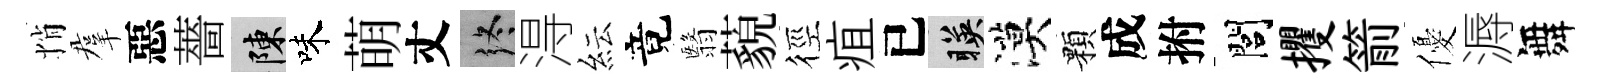
悄羣惡薔陳味萌丈终淂紜竟翳藐徑疽已暎漠顆成拊閭攫箭優溽舞